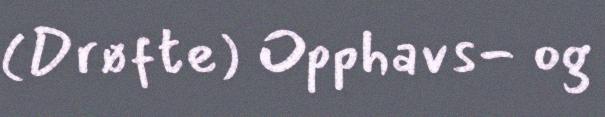
(Drøfte) Opphavs- og